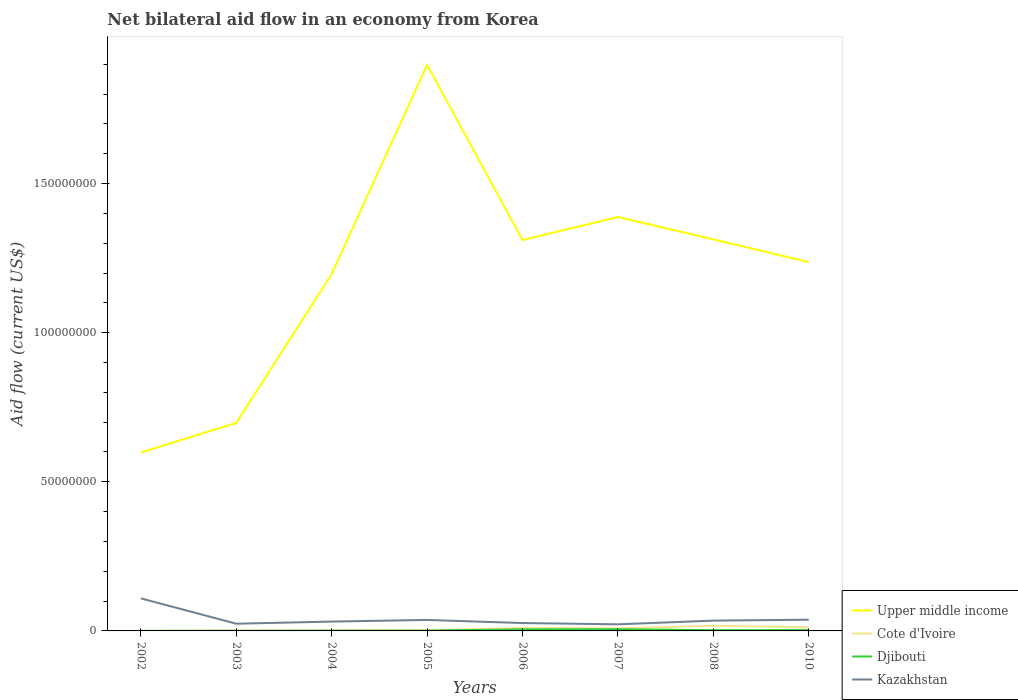
| Years | Upper middle income | Cote d'Ivoire | Djibouti | Kazakhstan |
 | --- | --- | --- | --- | --- |
 | 2002 | 5.98e+07 | 1e+04 | 4e+04 | 1.09e+07 |
 | 2003 | 6.98e+07 | 1.3e+05 | 4e+04 | 2.42e+06 |
 | 2004 | 1.2e+08 | 1.9e+05 | 9e+04 | 3.13e+06 |
 | 2005 | 1.9e+08 | 2.6e+05 | 1e+05 | 3.68e+06 |
 | 2006 | 1.31e+08 | 1.03e+06 | 5.3e+05 | 2.64e+06 |
 | 2007 | 1.39e+08 | 8.5e+05 | 5.7e+05 | 2.21e+06 |
 | 2008 | 1.31e+08 | 1.73e+06 | 2.5e+05 | 3.45e+06 |
 | 2010 | 1.24e+08 | 1.23e+06 | 2.7e+05 | 3.76e+06 |